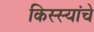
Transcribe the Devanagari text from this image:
किस्स्यांचे